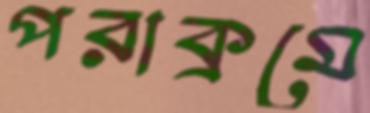
পরাক্রমে